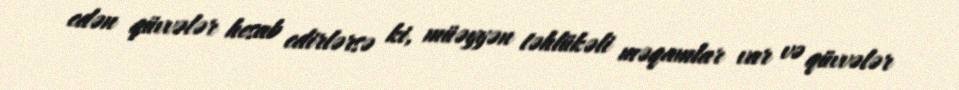
edən qüvvələr hesab edirlərsə ki, müəyyən təhlükəli məqamlar var və qüvvələr